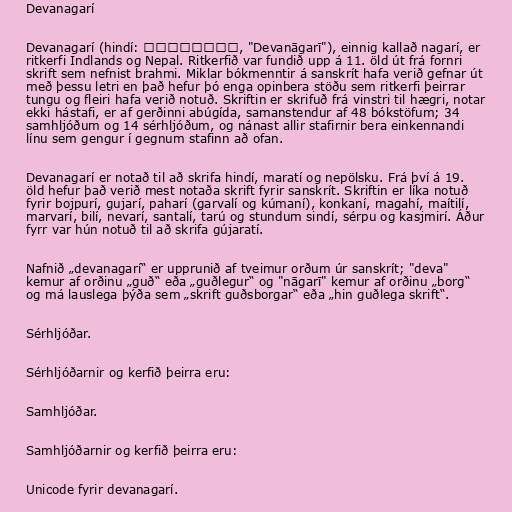
Devanagarí

Devanagarí (hindí: देवनागरी, "Devanāgarī"), einnig kallað nagarí, er
ritkerfi Indlands og Nepal. Ritkerfið var fundið upp á 11. öld út frá fornri
skrift sem nefnist brahmi. Miklar bókmenntir á sanskrít hafa verið gefnar út
með þessu letri en það hefur þó enga opinbera stöðu sem ritkerfi þeirrar
tungu og fleiri hafa verið notuð. Skriftin er skrifuð frá vinstri til hægri, notar
ekki hástafi, er af gerðinni abúgída, samanstendur af 48 bókstöfum; 34
samhljóðum og 14 sérhljóðum, og nánast allir stafirnir bera einkennandi
línu sem gengur í gegnum stafinn að ofan.

Devanagarí er notað til að skrifa hindí, maratí og nepölsku. Frá því á 19.
öld hefur það verið mest notaða skrift fyrir sanskrít. Skriftin er líka notuð
fyrir bojpurí, gujarí, paharí (garvalí og kúmaní), konkaní, magahí, maítilí,
marvarí, bilí, nevarí, santalí, tarú og stundum sindí, sérpu og kasjmirí. Áður
fyrr var hún notuð til að skrifa gújaratí.

Nafnið „devanagarí“ er upprunið af tveimur orðum úr sanskrít; "deva"
kemur af orðinu „guð“ eða „guðlegur“ og "nāgarī" kemur af orðinu „borg“
og má lauslega þýða sem „skrift guðsborgar“ eða „hin guðlega skrift“.

Sérhljóðar.

Sérhljóðarnir og kerfið þeirra eru:

Samhljóðar.

Samhljóðarnir og kerfið þeirra eru:

Unicode fyrir devanagarí.